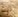
تيت